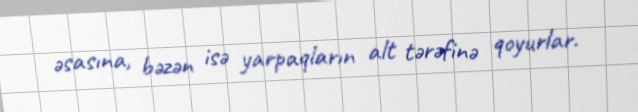
əsasına, bəzən isə yarpaqların alt tərəfinə qoyurlar.